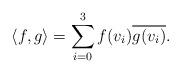
LaTeX: \begin{align*}\langle f , g \rangle = \sum_{i = 0}^{3} f(v_{i})\overline{g(v_{i})}. \end{align*}